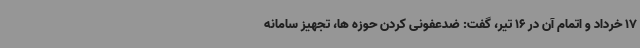
17 خرداد و اتمام آن در 16 تیر، گفت: ضدعفونی کردن حوزه ها، تجهیز سامانه